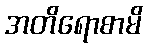
အတိရောစာမိ